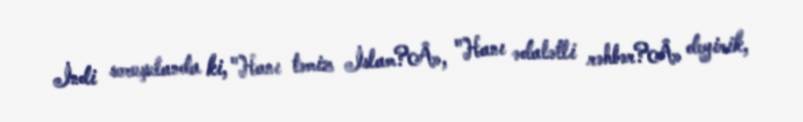
İndi soruşulanda ki, "Hanı təmiz İslam?Â», "Hanı ədalətli rəhbər?Â» deyirik,